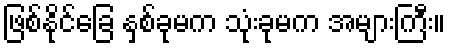
ဖြစ်နိုင်ခြေ နှစ်ခုမက သုံးခုမက အများကြီး။